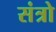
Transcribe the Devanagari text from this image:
संत्रो